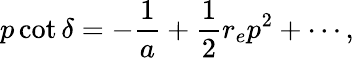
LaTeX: p\cot\delta=-\frac{1}{a}+\frac 12r_{e}p^{2}+\cdots,